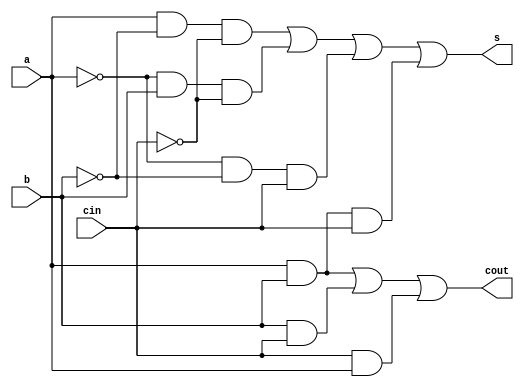
module FA(
    input wire a,
    input wire b,
    input wire cin,
    output wire s,
    output wire cout
);
    assign s = a&~b&~cin | ~a&b&~cin | ~a&~b&cin | a&b&cin;
    assign cout = a&b | b&cin | cin&a;
endmodule